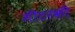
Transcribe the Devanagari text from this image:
मीटरकी